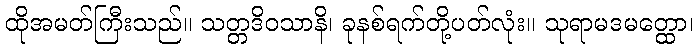
ထိုအမတ်ကြီးသည်။ သတ္တဒိဝသာနိ၊ ခုနစ်ရက်တို့ပတ်လုံး။ သုရာမဒမတ္ထော၊